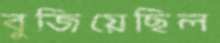
বুজিয়েছিল